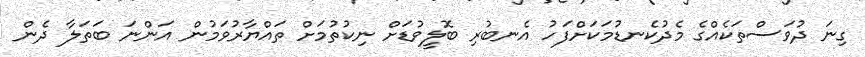
ގިނަ ދުވަސްތަކެއްގެ މެދުކެނޑުމަކަށްފަހު އެނބުރި ބޮލީވުޑަށް ނިކުތުމަށް ތައްޔާރުވަމުން އަންނަ ބަތަލާ ދެން